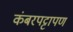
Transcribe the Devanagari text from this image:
कंबरपट्टापण